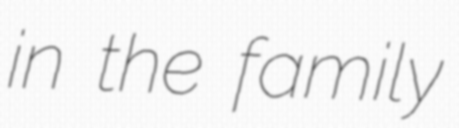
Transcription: in the family